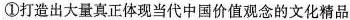
①打造出大量真正体现当代中国价值观念的文化精品